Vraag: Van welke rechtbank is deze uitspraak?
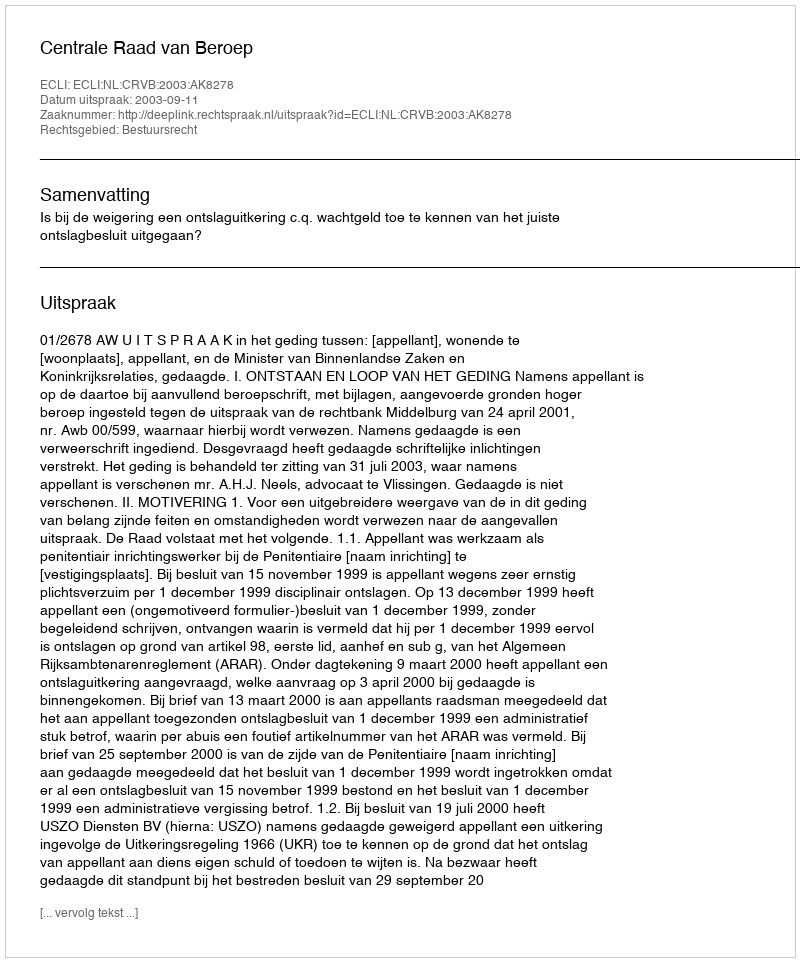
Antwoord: Centrale Raad van Beroep